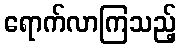
ရောက်လာကြသည့်